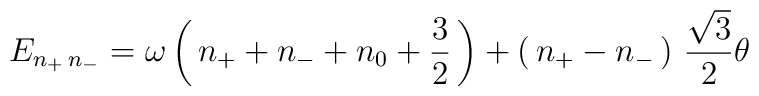
E_{n_+\, n_-}= \omega\left(\, n_+ + n_- +n_0  +{3\over 2 }\,\right)     +\left(\, n_+ - n_-\, \right)\, \frac{\sqrt 3}{2}\theta